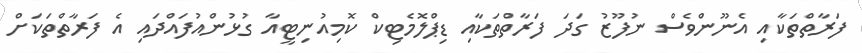
ފަރާތްތަކާއި އެނޫންވެސް ނުފޫޒު ގަދަ ފަރާތްތަކާއި ޑިޕްލޮމެޓިކް ކޮމިއުނިޓީއާ ގުޅުންއުފައްދައި އެ ފަރާތްތަކަށް